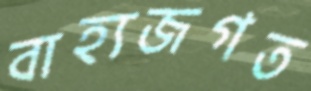
বাহ্যজগত